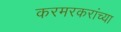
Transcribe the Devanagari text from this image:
करमरकरांच्या